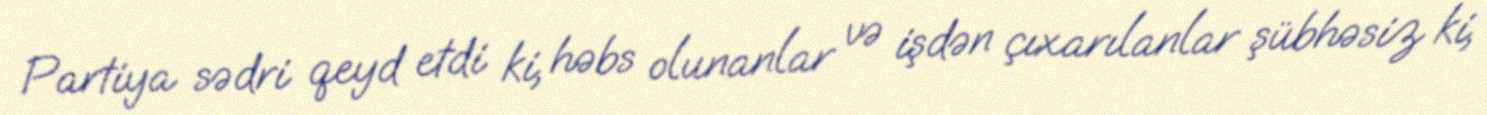
Partiya sədri qeyd etdi ki, həbs olunanlar və işdən çıxarılanlar şübhəsiz ki,